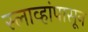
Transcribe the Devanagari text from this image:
स्लाव्हांपासून